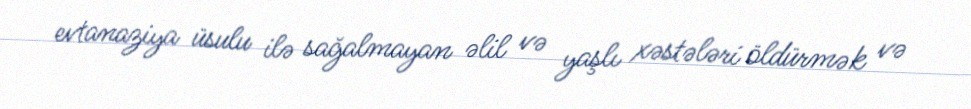
evtanaziya üsulu ilə sağalmayan əlil və yaşlı xəstələri öldürmək və